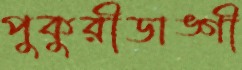
পুকুরীডাঙ্গী